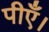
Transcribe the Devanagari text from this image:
पीएँ।